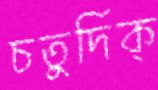
চতুর্দিক্‌